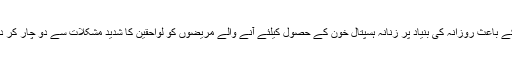
جس کے باعث روزانہ کی بنیاد پر زنانہ ہسپتال خون کے حصول کیلئے آنے والے مریضوں کو لواحقین کا شدید مشکلات سے دو چار کر دیا ہے۔